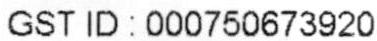
GST ID : 000750673920